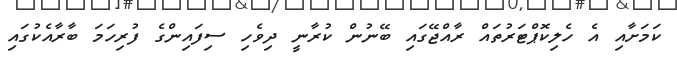
ކަމަށާއި އެ ހެލިކޮޕްޓަރުތައް ރާއްޖޭގައި ބޭނުން ކުރާނީ ދިވެހި ސިފައިންގެ ފުރިހަމަ ބާރާއެކުގައި